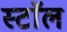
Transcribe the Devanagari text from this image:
स्टाॅल